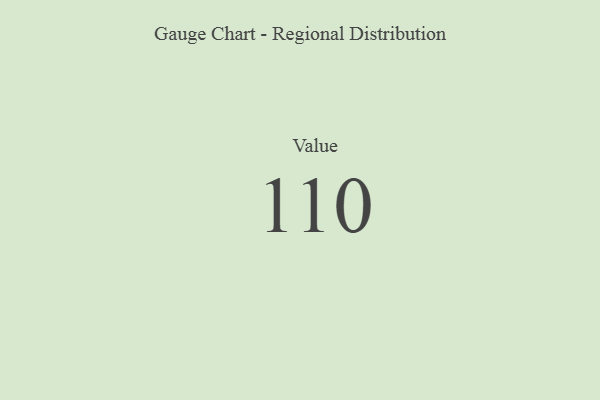
{"axis": {"x": "Metric", "y": "Value"}, "legend": [""], "data": [{"x": "Value", "y": 110, "type": ""}]}